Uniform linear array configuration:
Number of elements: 12
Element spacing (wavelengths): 0.5
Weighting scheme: uniform
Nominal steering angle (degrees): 45
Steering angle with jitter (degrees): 46.583
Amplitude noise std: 0.05
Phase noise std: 0.05

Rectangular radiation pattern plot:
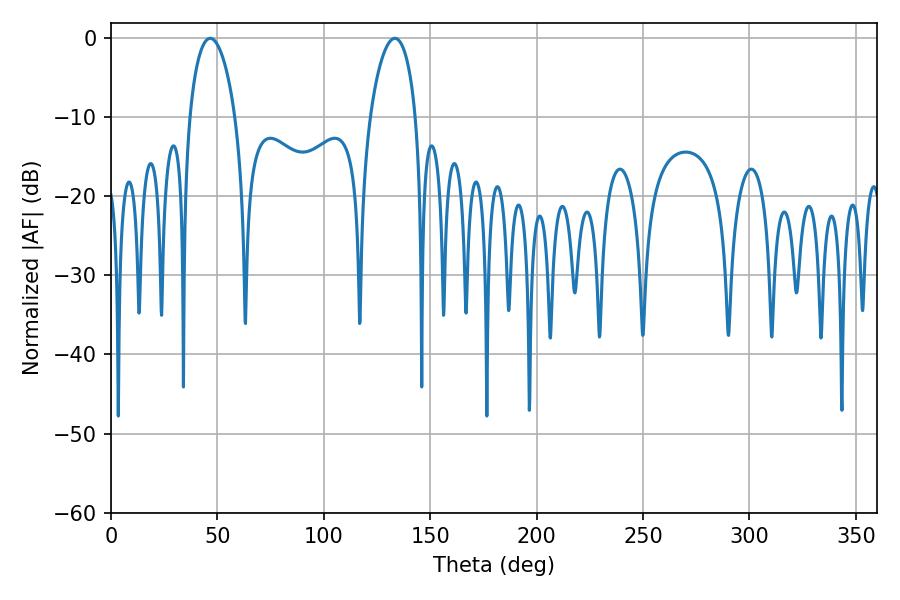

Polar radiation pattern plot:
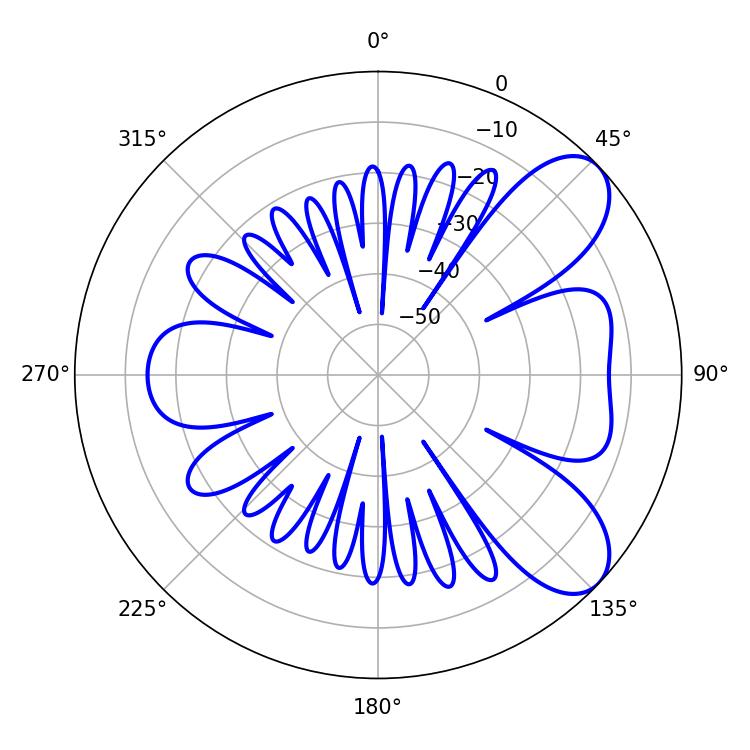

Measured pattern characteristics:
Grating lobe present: FALSE
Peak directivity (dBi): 7.655
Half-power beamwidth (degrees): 12.24
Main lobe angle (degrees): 46.62